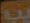
يا